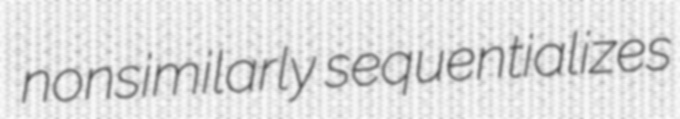
nonsimilarly sequentializes